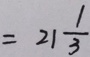
= 2 1 \frac { 1 } { 3 }